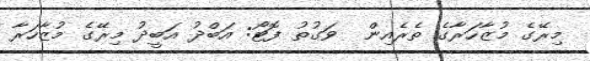
މިރޭގެ މުޒާހަރާގެ ތެރެއިން  ވަގުތު ފޮޓޯ: އަބްދު އަބީދު މިރޭގެ މުޒާހަރާ